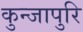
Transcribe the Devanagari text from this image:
कुन्जापुरि